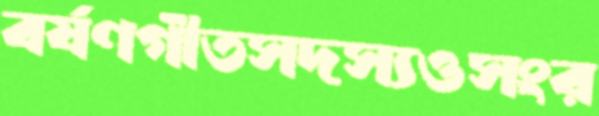
বর্ষণগীতসদস্যওসংর